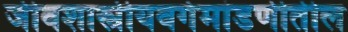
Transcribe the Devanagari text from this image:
जीवशास्त्रीयवर्गमांडणीतील